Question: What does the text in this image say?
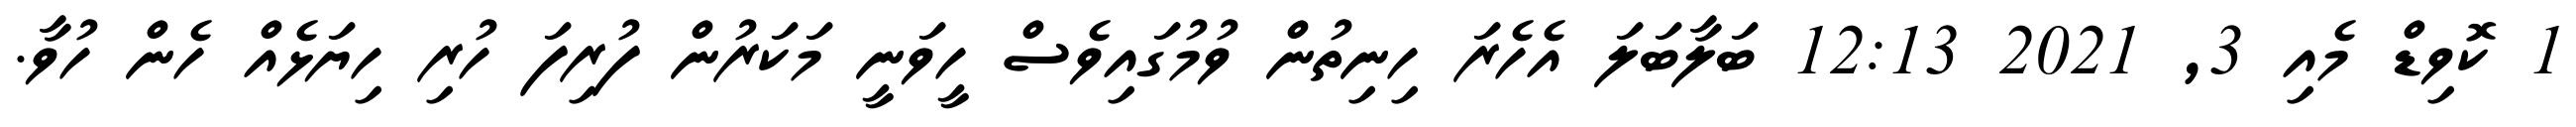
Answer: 1 ކޮވިޑް މެއި 3, 2021 12:13 ބަލާބަލަ އެހެރަ ހިނިތުން ވުމުގައިވެސް ހީވަނީ މަކަރުން ފުރިފަ ހުރި ހިޔަޅެއް ހެން ހުވާ.